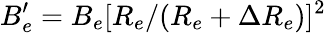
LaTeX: B_{e}^{\prime}=B_{e}[R_{e}/(R_{e}+\Delta R_{e})]^{2}